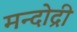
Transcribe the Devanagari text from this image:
मन्दोद्री